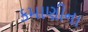
કમાણીના